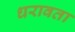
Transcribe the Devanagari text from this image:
धरावता